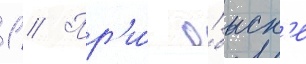
1 // Пр'и́ о́быск'е